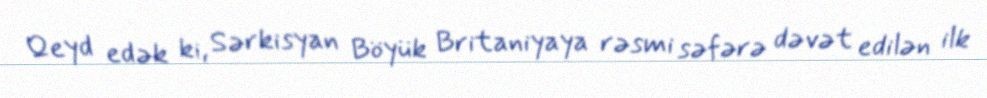
Qeyd edək ki, Sərkisyan Böyük Britaniyaya rəsmi səfərə dəvət edilən ilk